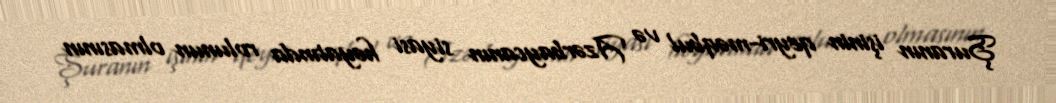
Şuranın işinin qeyri-məqbul və Azərbaycanın siyasi həyatında rolunun olmasının